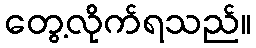
တွေ့လိုက်ရသည်။